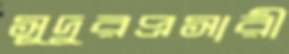
সুদুরপ্রসারী